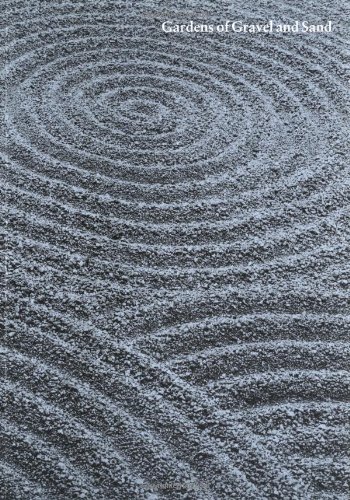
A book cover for Gardens of Gravel and Sand; Leonard Koren; Crafts, Hobbies & Home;